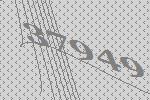
37949